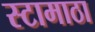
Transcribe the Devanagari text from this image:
स्टामाठा